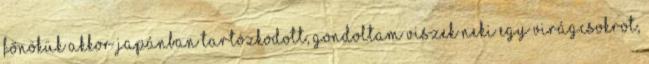
főnökük akkor Japánban tartózkodott, gondoltam viszek neki egy virágcsokrot,